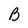
Character: B